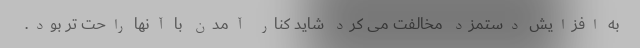
به افزایش دستمزد مخالفت می کرد شاید کنار آمدن با آنها راحت تر بود.